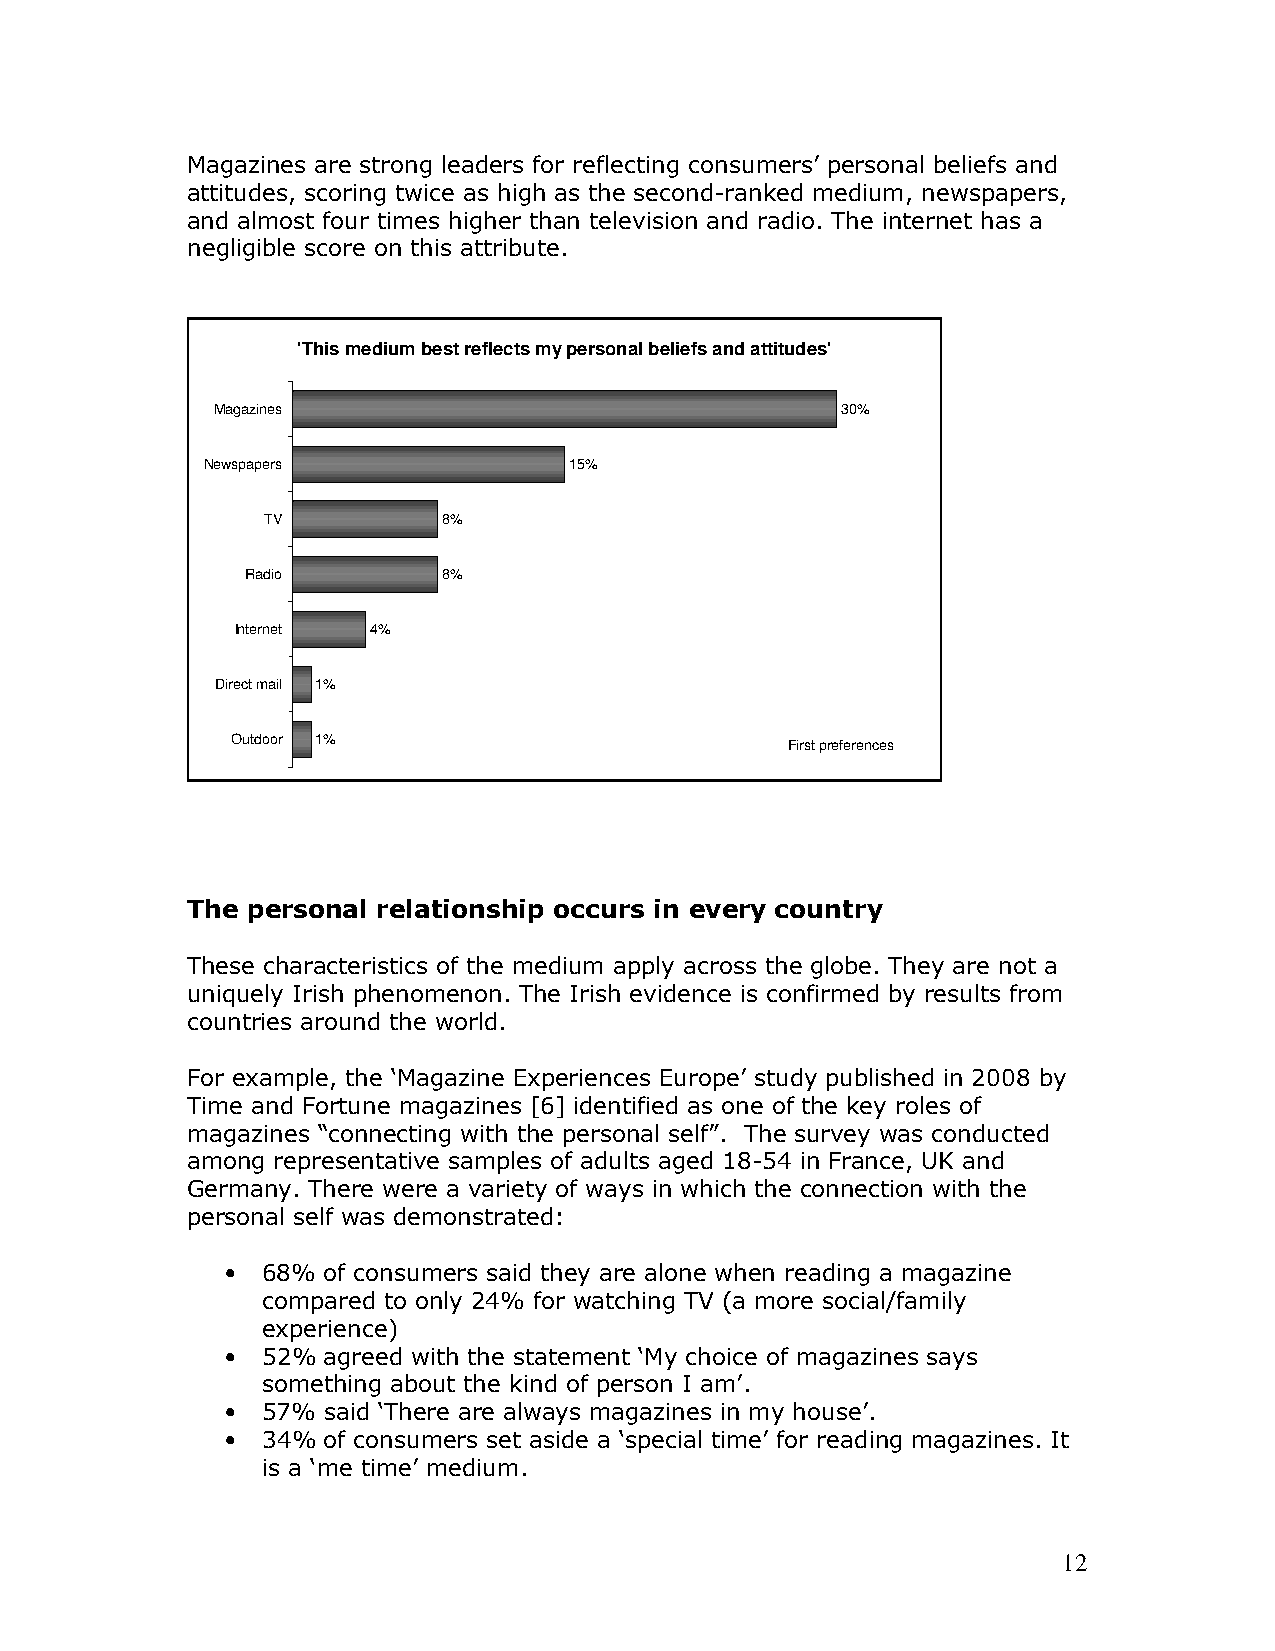
Magazines are strong leaders for reflecting consumers’ personal beliefs and
 attitudes, scoring twice as high as the second-ranked medium, newspapers,
 and almost four times higher than television and radio. The internet has a
 negligible score on this attribute.
 'This medium best reflects my personal beliefs and attitudes'
 Magazines                                 30%
 Newspapers               15%
 TV          8%
 Radio        8%
 Internet 4%
 Direct mail 1%
 Outdoor 1%                           First preferences
 The personal relationship occurs in every country
 These characteristics of the medium apply across the globe. They are not a
 uniquely Irish phenomenon. The Irish evidence is confirmed by results from
 countries around the world.
 For example, the ‘Magazine Experiences Europe’ study published in 2008 by
 Time and Fortune magazines [6] identified as one of the key roles of
 magazines “connecting with the personal self”. The survey was conducted
 among representative samples of adults aged 18-54 in France, UK and
 Germany. There were a variety of ways in which the connection with the
 personal self was demonstrated:
 • 68% of consumers said they are alone when reading a magazine
 compared to only 24% for watching TV (a more social/family
 experience)
 • 52% agreed with the statement ‘My choice of magazines says
 something about the kind of person I am’.
 • 57% said ‘There are always magazines in my house’.
 • 34% of consumers set aside a ‘special time’ for reading magazines. It
 is a ‘me time’ medium.
 12